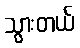
သွားတယ်